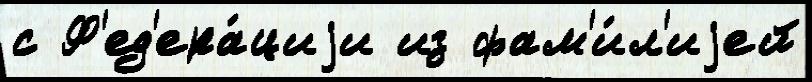
с Ф'ед'ера́циjи из фам'и́л'иjей